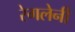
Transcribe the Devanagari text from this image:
रेगलेनी